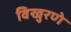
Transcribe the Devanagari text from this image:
विखुरणे